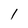
Character: 1